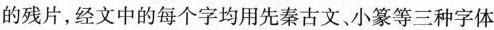
的残片，经文中的每个字均用先秦古文、小篆等三种字体